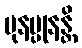
ပုနပ္ပုနန္တိ